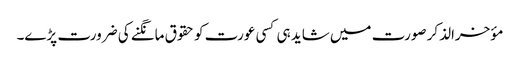
مؤخرالذکر صورت میں شاید ہی کسی عورت کو حقوق مانگنے کی ضرورت پڑے۔